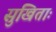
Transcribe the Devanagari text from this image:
सुखिताः